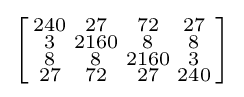
\left[{\begin{smallmatrix}240&27&72&27\\3&2160&8&8\\8&8&2160&3\\27&72&27&240\end{smallmatrix}}\right]